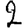
Digit: 2